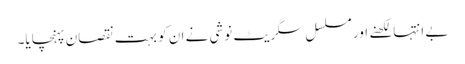
بے انتہا لکھنے اور مسلسل سگریٹ نوشی نے ان کو بہت نقصان پہنچایا۔